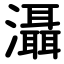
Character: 滠